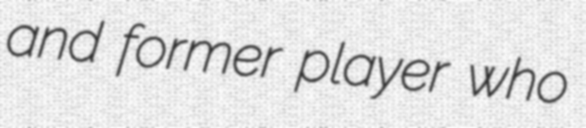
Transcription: and former player who